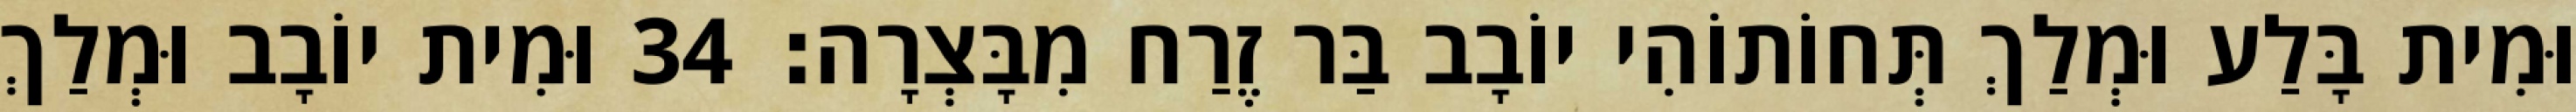
וּמִית בָּלַע וּמְלַךְ תְּחוֹתוֹהִי יוֹבָב בַּר זֶרַח מִבָּצְרָה׃ 34 וּמִית יוֹבָב וּמְלַךְ